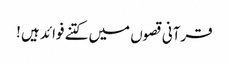
قرآنی قصوں میں کتنے فوائد ہیں !